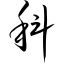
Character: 科